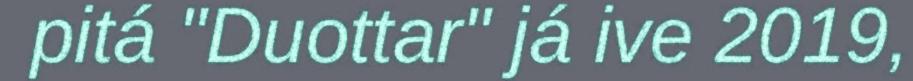
pitá "Duottar" já ive 2019,